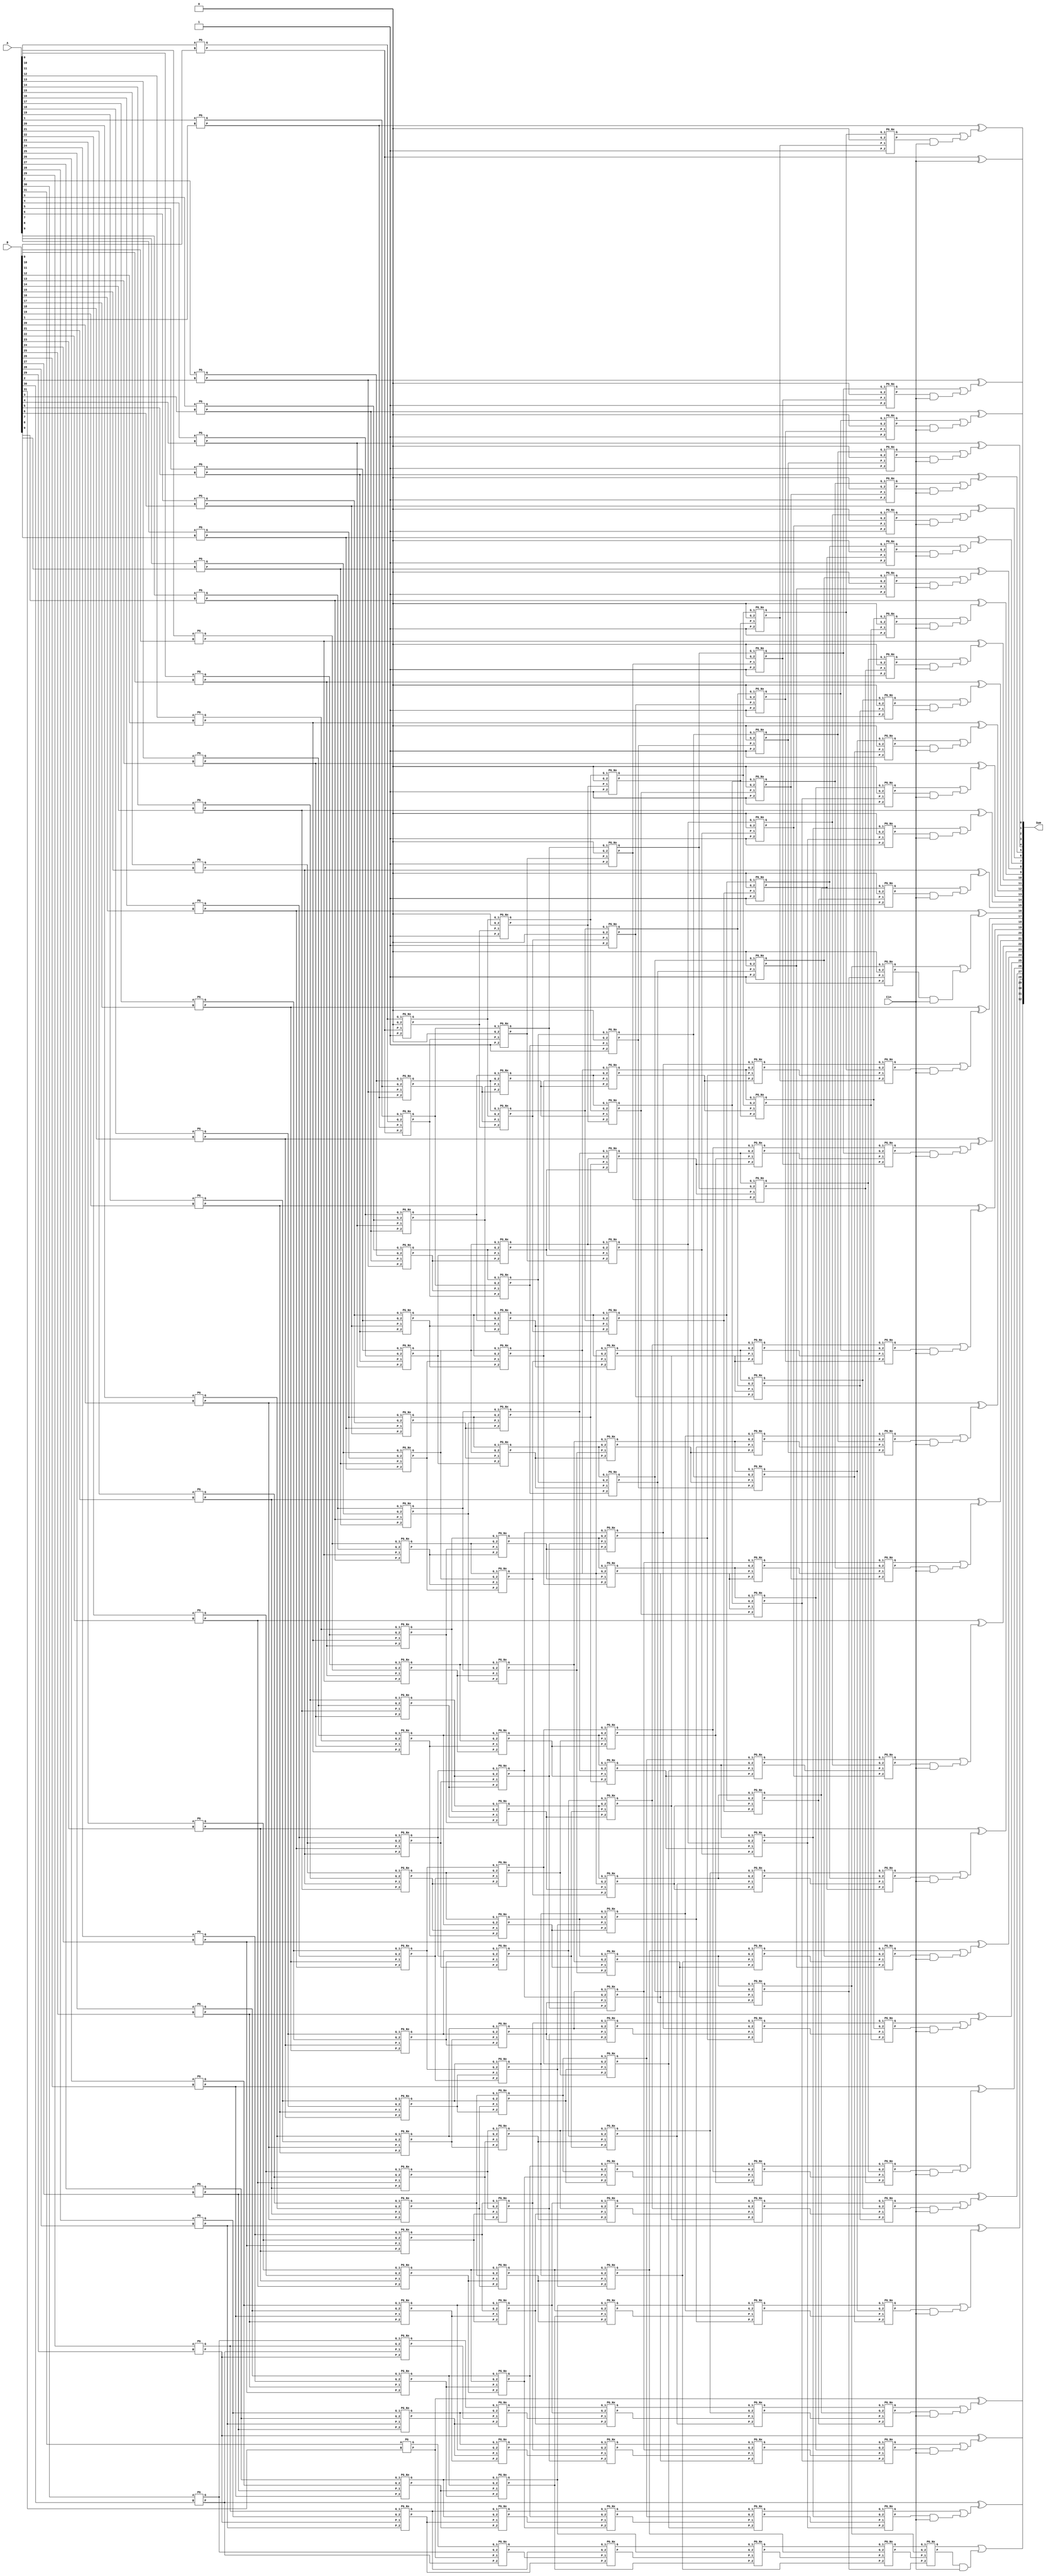
// 32-bit Kogge Stone

module Kogge (A, B, Cin, Sum);

parameter N=32;
input [N-1:0] A, B;
input Cin;
output [N:0] Sum;

wire [N:0] C;
wire [N-1:0] S;

wire P[6:1][N-1:-N/2];
wire G[6:1][N-1:-N/2];


// Initialize with 1, so that we can use then in P,G generation in next stages
// These lines are written to help bypassing the P & G and not writing special code for them

genvar a1, a2;

generate
	for(a1=1; a1<6; a1=a1+1) begin: ini1			// from Stage 1 to 2nd last stage
		for(a2=-N/2; a2<0; a2=a2+1) begin: ini2		// all the negative indexes
			assign P[a1][a2] = 1'b1;
			assign G[a1][a2] = 1'b0;
		end
	end
endgenerate


assign C[0] = Cin;

// Stage-1

genvar i;

generate
	for(i=0; i<N; i=i+1) begin: stage1
		PG I1 (A[i], B[i], P[1][i], G[1][i]);		
	end
endgenerate


// Stage-2

genvar j;

generate
	for(j=0; j<N; j=j+1) begin: stage2B
		PG_Nx I2 (P[1][j], G[1][j], P[1][j-1], G[1][j-1], P[2][j], G[2][j]);
	end
endgenerate


// Stage-3

genvar k;

generate
	for(k=0; k<N; k=k+1) begin: stage3B
		PG_Nx I3 (P[2][k], G[2][k], P[2][k-2], G[2][k-2], P[3][k], G[3][k]);
	end
endgenerate


// Stage-4

genvar q;

generate
	for(q=0; q<N; q=q+1) begin: stage4B
		PG_Nx I4 (P[3][q], G[3][q], P[3][q-4], G[3][q-4], P[4][q], G[4][q]);
	end
endgenerate


// Stage-5

genvar u;

generate
	for(u=0; u<N; u=u+1) begin: stage5B
		PG_Nx I5 (P[4][u], G[4][u], P[4][u-8], G[4][u-8], P[5][u], G[5][u]);
	end
endgenerate


// Stage-6

genvar w;

generate
	for(w=0; w<N; w=w+1) begin: stage6B
		PG_Nx I6 (P[5][w], G[5][w], P[5][w-16], G[5][w-16], P[6][w], G[6][w]);
	end
endgenerate


// Carry

genvar r;

generate
	for(r=0; r<N; r=r+1) begin: carry
		assign C[r+1] = G[6][r] | (P[6][r] & C[0]);
	end
endgenerate


// Sum

genvar s;

generate
	for(s=0; s<N; s=s+1) begin: sum
		assign S[s] = P[1][s] ^ C[s];
	end
endgenerate

assign Sum = {C[N],S};

endmodule



module PG (A, B, P, G);
input A, B;
output reg P, G;

always@(*)
	begin
		P = A ^ B;
		G = A & B;
	end
endmodule



module PG_Nx (P_1, G_1, P_2, G_2, P, G);
input P_1, G_1, P_2, G_2;
output reg P, G;

always@(*)
	begin
		P = P_1 & P_2;				// P_i . P_{i-1}
		G = (P_1 & G_2) | G_1;		// (G_i + (P_i . G_{i-1}))
	end

endmodule